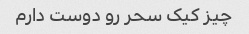
چیز کیک سحر رو دوست دارم